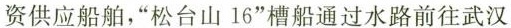
资供应船舶，”松台山16”槽船通过水路前往武汉